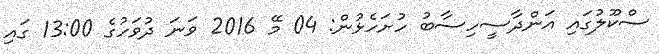
ސްކޫލުގައި އަންދާސީހިސާބު ހުށަހެޅުން: 04 މޭ 2016 ވަނަ ދުވަހުގެ 13:00 ގައި